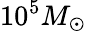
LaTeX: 10^{5}M_{\odot}